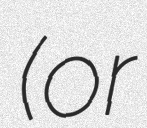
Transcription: (or